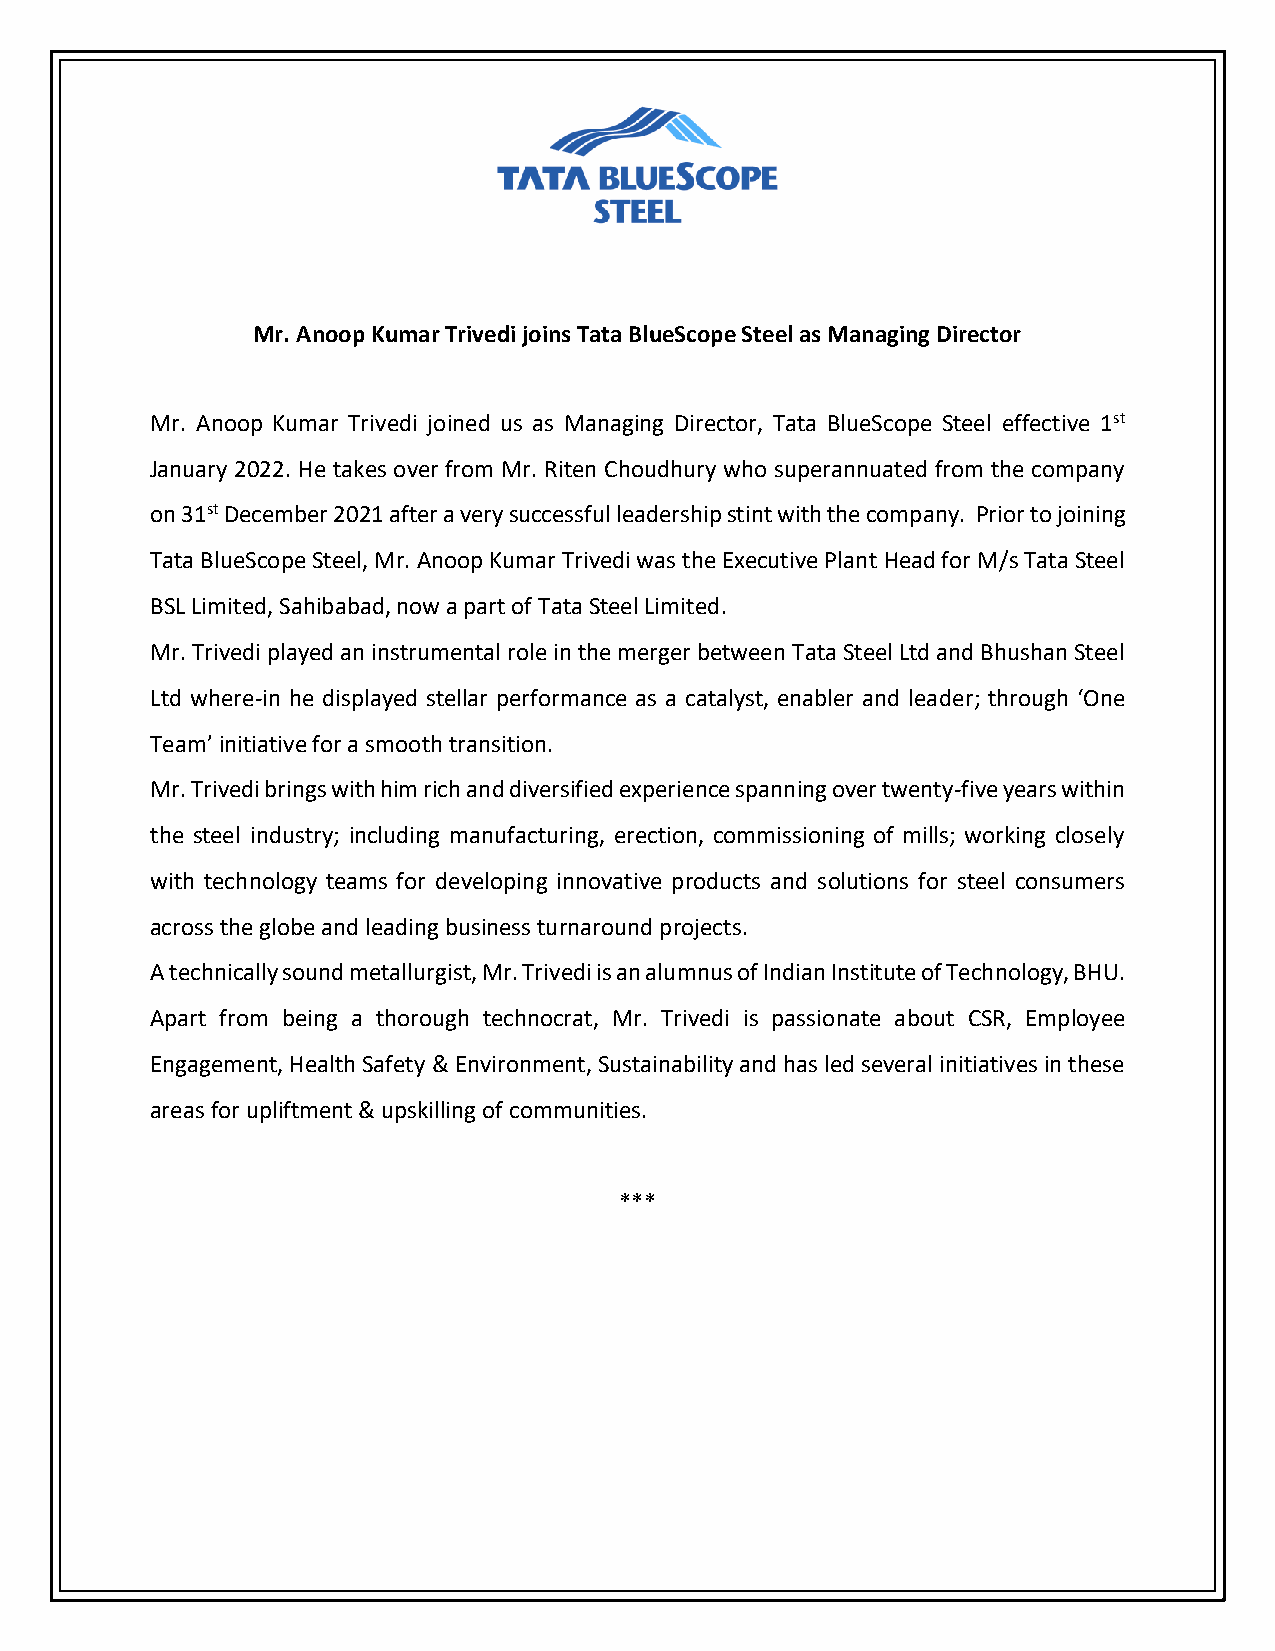
Mr. Anoop Kumar Trivedi joins Tata BlueScope Steel as Managing Director
 Mr. Anoop Kumar Trivedi joined us as Managing Director, Tata BlueScope Steel effective 1st
 January 2022. He takes over from Mr. Riten Choudhury who superannuated from the company
 on 31st December 2021 after a very successful leadership stint with the company. Prior to joining
 Tata BlueScope Steel, Mr. Anoop Kumar Trivedi was the Executive Plant Head for M/s Tata Steel
 BSL Limited, Sahibabad, now a part of Tata Steel Limited.
 Mr. Trivedi played an instrumental role in the merger between Tata Steel Ltd and Bhushan Steel
 Ltd where-in he displayed stellar performance as a catalyst, enabler and leader; through ‘One
 Team’ initiative for a smooth transition.
 Mr. Trivedi brings with him rich and diversified experience spanning over twenty-five years within
 the steel industry; including manufacturing, erection, commissioning of mills; working closely
 with technology teams for developing innovative products and solutions for steel consumers
 across the globe and leading business turnaround projects.
 A technically sound metallurgist, Mr. Trivedi is an alumnus of Indian Institute of Technology, BHU.
 Apart from being a thorough technocrat, Mr. Trivedi is passionate about CSR, Employee
 Engagement, Health Safety & Environment, Sustainability and has led several initiatives in these
 areas for upliftment & upskilling of communities.
 ***